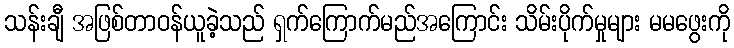
သန်းချီ အဖြစ်တာဝန်ယူခဲ့သည် ရှက်ကြောက်မည်အကြောင်း သိမ်းပိုက်မှုများ မမဖွေးကို